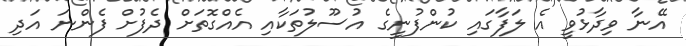
އޭނާ ވިދާޅުވީ އެ ލަފާގައި ކުންފުނީގެ އުސޫލުތަކާއި އެއްގޮތަށް ދެފުށް ފެންނަ އަދި